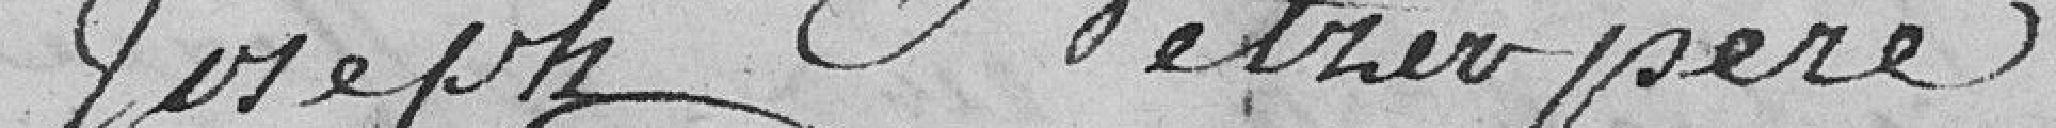
Joseph Netrier père